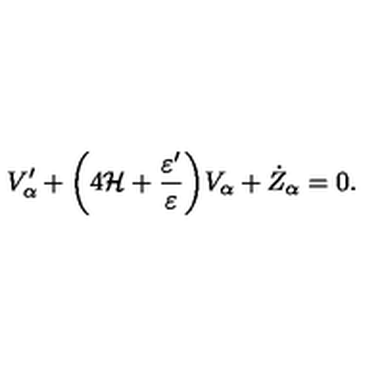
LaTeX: V _ { \alpha } ^ { \prime } + \biggl ( 4 { \cal H } + \frac { \varepsilon ^ { \prime } } { \varepsilon } \biggr ) V _ { \alpha } + \dot { Z } _ { \alpha } = 0 .